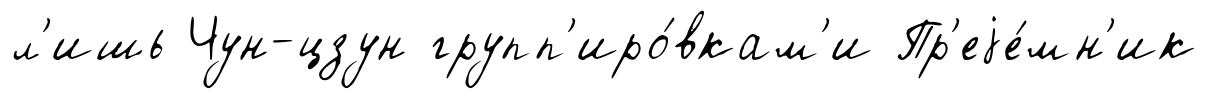
л'ишь Чун-цзун групп'иро́вкам'и Пр'еjе́мн'ик